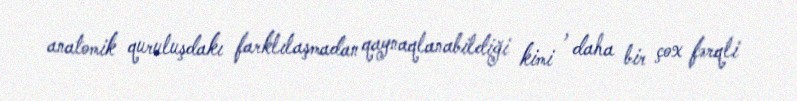
anatomik quruluşdakı farklılaşmadan qaynaqlanabildiği kimi , daha bir çox fərqli